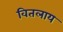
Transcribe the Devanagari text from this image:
वितलाय